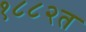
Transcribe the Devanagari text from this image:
१८८२त